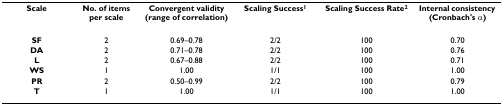
<table><thead><tr><td><b>Scale</b></td><td><b>No. of items per scale</b></td><td><b>Convergent validity (range of correlation)</b></td><td><b>Scaling Success<sup>1</sup></b></td><td><b>Scaling Success Rate<sup>2</sup></b></td><td><b>Internal consistency (Cronbach&#x27;s α)</b></td></tr></thead><tbody><tr><td><b>SF</b></td><td>2</td><td>0.69–0.78</td><td>2/2</td><td>100</td><td>0.70</td></tr><tr><td><b>DA</b></td><td>2</td><td>0.71–0.78</td><td>2/2</td><td>100</td><td>0.76</td></tr><tr><td><b>L</b></td><td>2</td><td>0.67–0.88</td><td>2/2</td><td>100</td><td>0.71</td></tr><tr><td><b>WS</b></td><td>1</td><td>1.00</td><td>1/1</td><td>100</td><td>1.00</td></tr><tr><td><b>PR</b></td><td>2</td><td>0.50–0.99</td><td>2/2</td><td>100</td><td>0.79</td></tr><tr><td><b>T</b></td><td>1</td><td>1.00</td><td>1/1</td><td>100</td><td>1.00</td></tr></tbody></table>